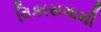
વિકાસગામી